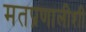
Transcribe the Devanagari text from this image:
मतप्रणालीशी